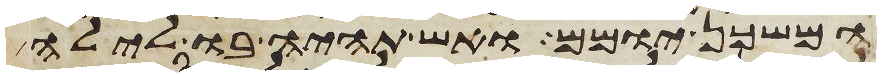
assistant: המשכן יומם ואש תהיה בו לילה